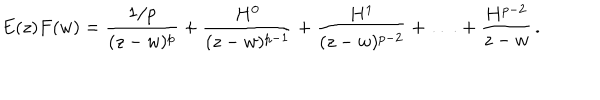
E ( z ) F ( w ) = \frac { 1 / p } { ( z - w ) ^ { p } } + \frac { H ^ { 0 } } { ( z - w ) ^ { p - 1 } } + \frac { H ^ { 1 } } { ( z - w ) ^ { p - 2 } } + \, \dots \, + \frac { H ^ { p - 2 } } { z - w } \, .